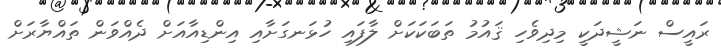
ރައީސް ނަޝީދަކީ މިދިވެހި ޤައުމު ތަބަކަކަށް ލާފައި ހުޅަނގަށާއި އިންޑިއާއަށް ދެއްވަން ތައްޔާރަށް